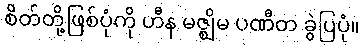
စိတ်တို့ဖြစ်ပုံကို ဟီန မဇ္ဈိမ ပဏီတ ခွဲပြပုံ။